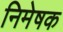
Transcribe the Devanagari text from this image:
निमेषक